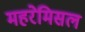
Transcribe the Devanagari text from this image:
महरेमिसल